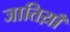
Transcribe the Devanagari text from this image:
जातिय़ाँ